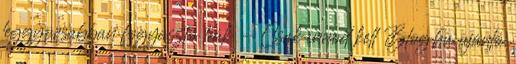
leggyorsabban fogyasztó teák - Csak innod kell Blog.hu ajánló